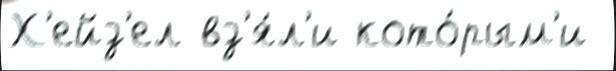
Х'ейз'ел вз'я́л'и кото́рым'и